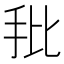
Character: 𰓁